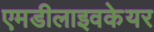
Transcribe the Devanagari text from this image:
एमडीलाइवकेयर